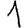
Digit: 1